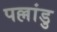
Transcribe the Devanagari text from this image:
पल्लांडु